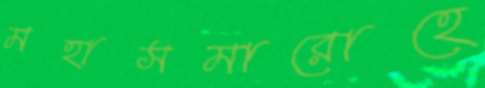
মহাসমারোহে